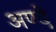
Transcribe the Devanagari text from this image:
अण्दे